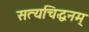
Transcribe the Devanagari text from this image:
सत्यचिद्धनम्